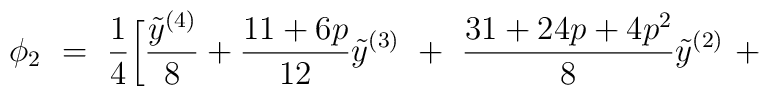
\phi_2\ =\ \frac{1}{4}\bigg[\frac{{\tilde y}^{(4)}}{8}+ \frac{11+6p}{12}{\tilde y}^{(3)}\ +\ \frac{31+24p+4p^2}{8} {\tilde y}^{(2)}\ +